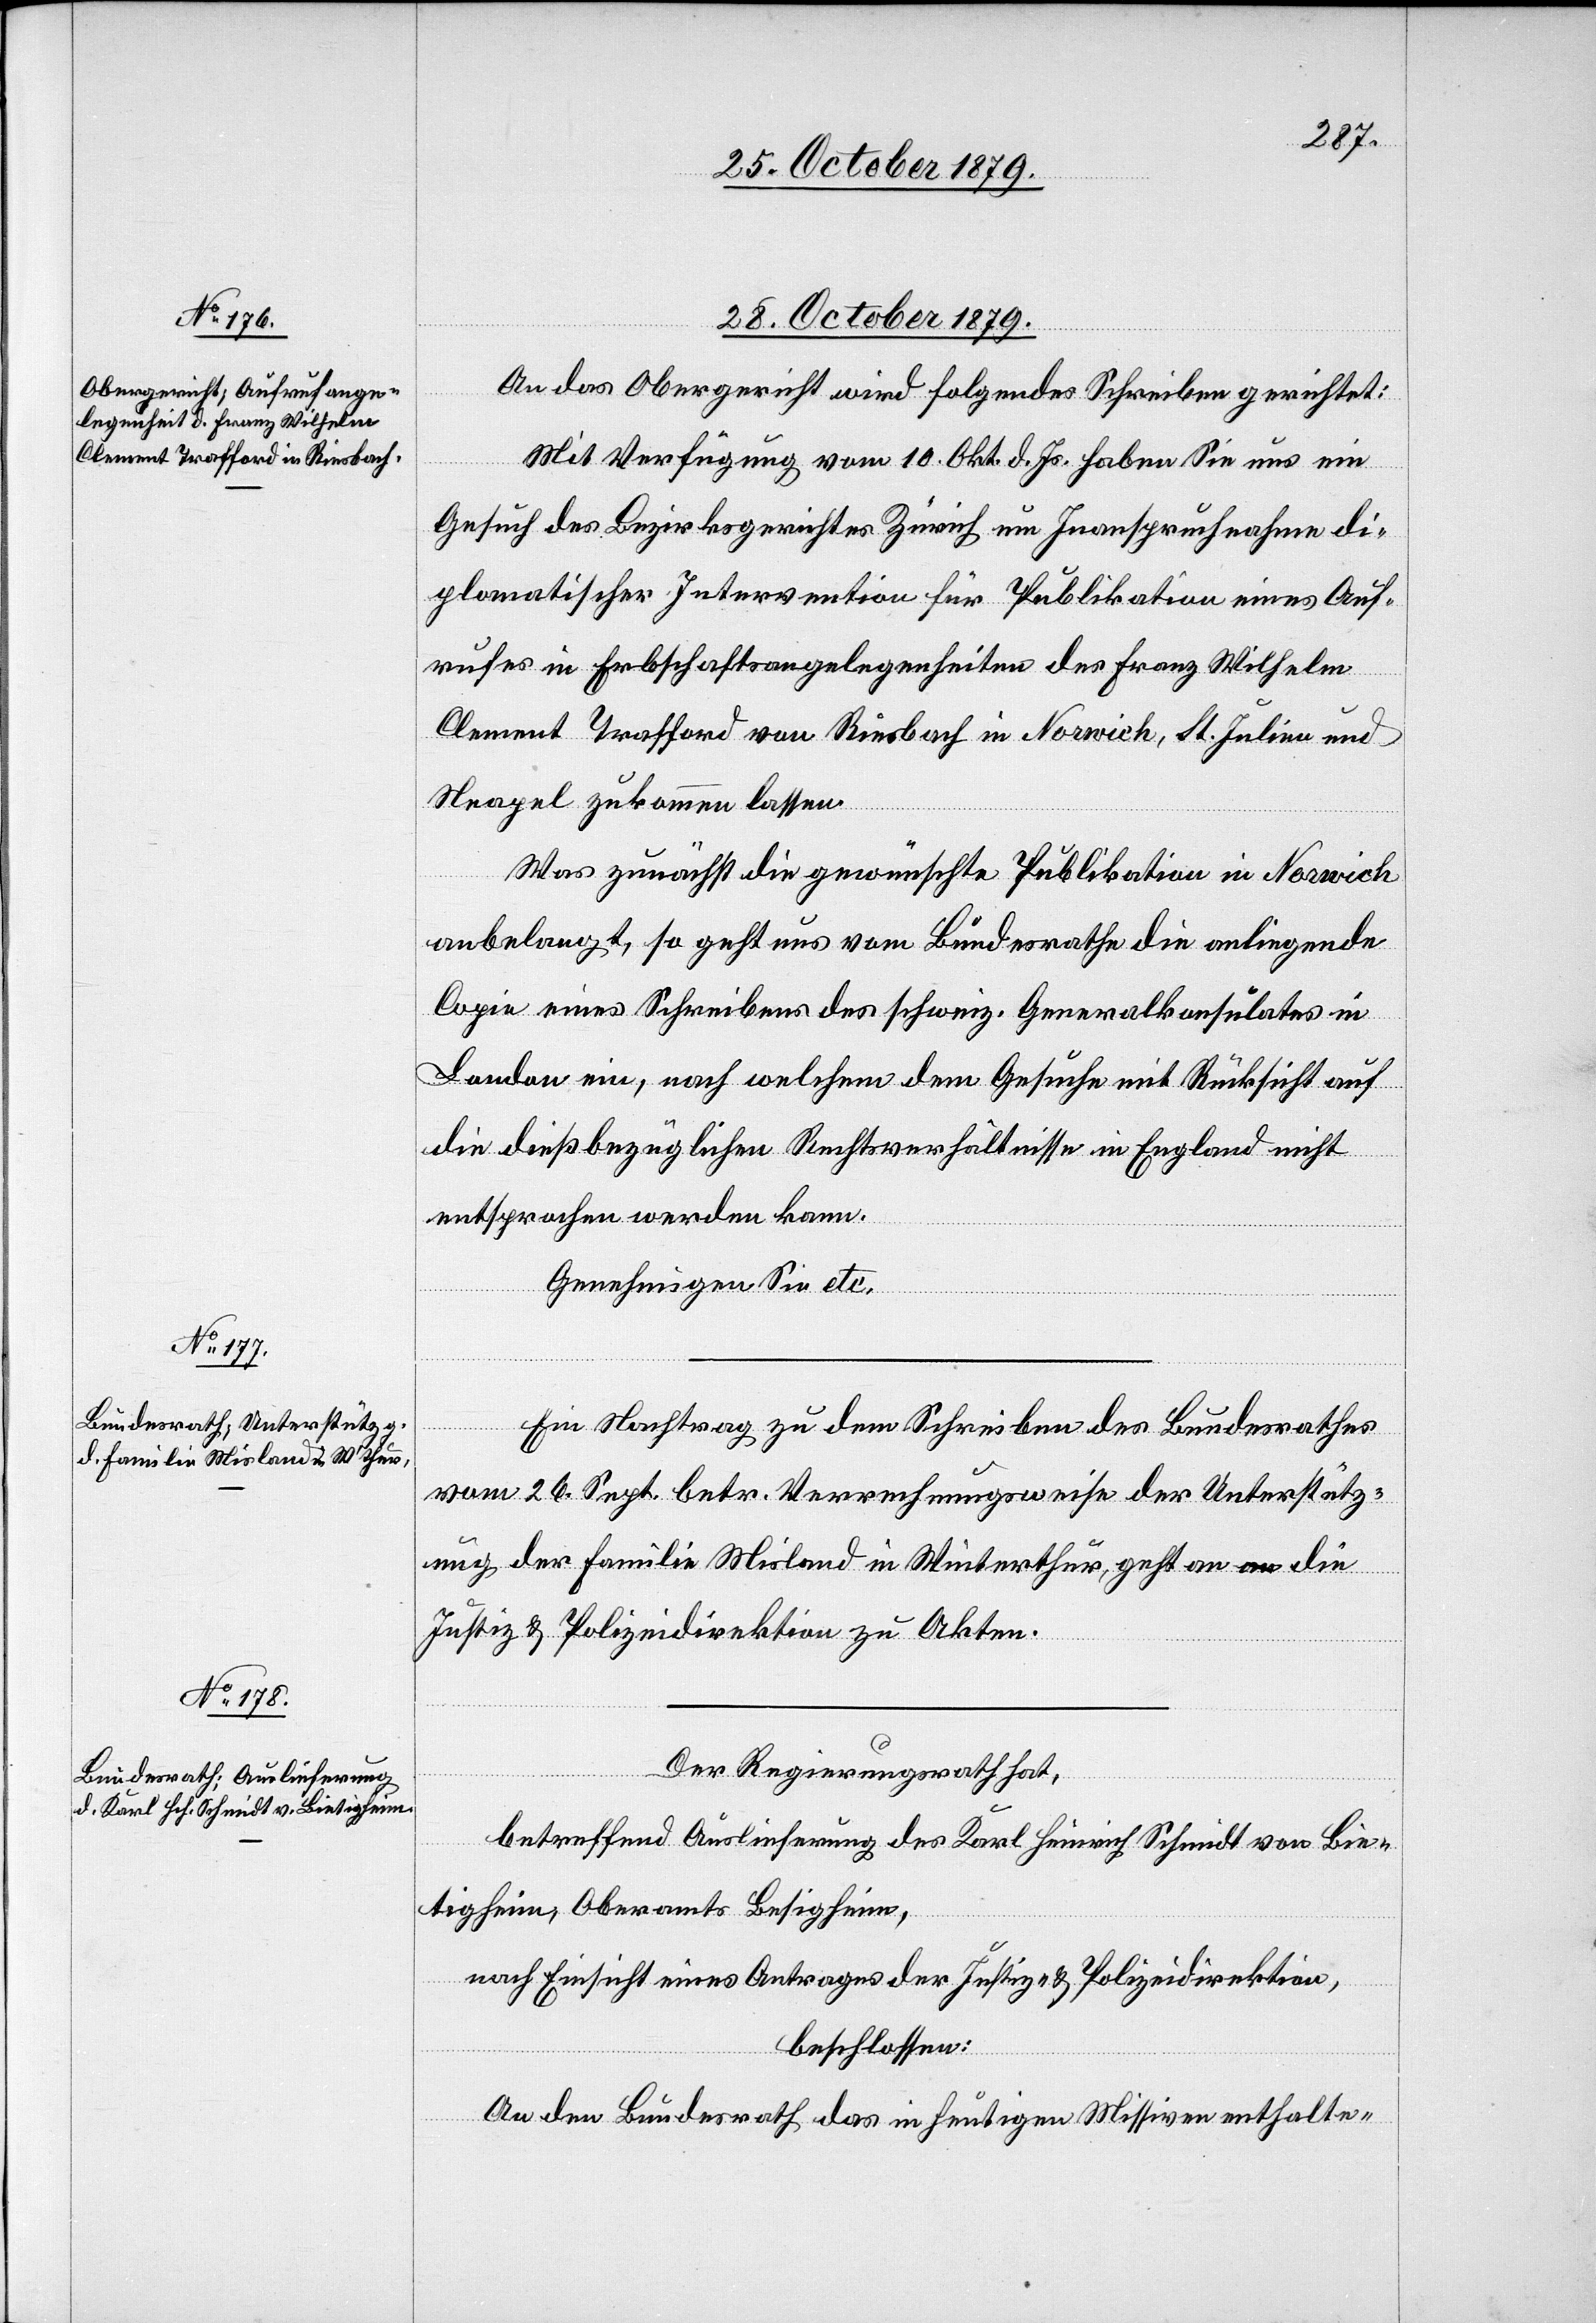
28. October 1879]
An das Obergericht wird folgendes Schreiben gerichtet:
Mit Verfügung vom 10. Okt. d. Js. haben Sie uns ein
Gesuch des Bezirksgerichtes Zürich um Inanspruchnahme di¬
plomatischer Intervention für Publikation eines Auf¬
rufes in Erbschaftsangelegenheiten des Franz Wilhelm
Clement Trafford von Riesbach in Norwich, St. Julian und
Neapel zukommen lassen.
Was zunächst die gewünschte Publikation in Norwich
anbelangt, so geht uns vom Bundesrath die anliegende
Copie eines Schreibens des schweiz. Generalkonsulates in
London ein, nach welchem dem Gesuch mit Rücksicht auf
die dießbezüglichen Rechtsverhältnisse in England nicht
entsprochen werden kann.
Genehmigen Sie etc.
Ein Nachtrag zu dem Schreiben des Bundesrathes
vom 26. Sept. betr. Verrechnungsweise der Unterstütz¬
ung der Familie Misland in Winterthur, geht an die
Justiz- & Polizeidirektion zu Akten.
Der Regierungsrath hat,
betreffend Auslieferung des Karl Heinrich Schmidt von Bie¬
tigheim, Oberamts Besigheim,
nach Einsicht eines Antrages der Justiz- & Polizeidirektion,
beschlossen:
An den Bundesrath das in heutigen Missiven enthalte-